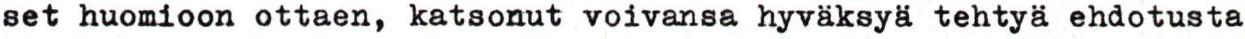
set huomioon ottaen, katsonut voivansa hyväksyä tehtyä ehdotusta